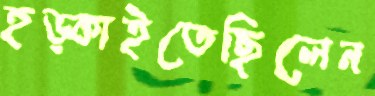
হড়্‌কাইতেছিলেন